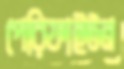
পেরিফাইটন